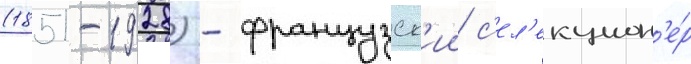
(1851-1928) - французск'ии с'ел'екцион'е́р